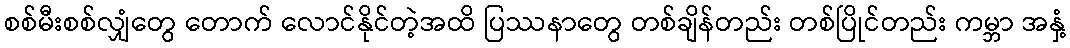
စစ်မီးစစ်လျှံတွေ တောက် လောင်နိုင်တဲ့အထိ ပြဿနာတွေ တစ်ချိန်တည်း တစ်ပြိုင်တည်း ကမ္ဘာ အနှံ့